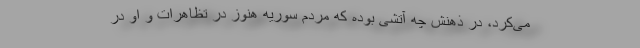
می‌کرد، در ذهنش چه آتشی بوده که مردم سوریه هنوز در تظاهرات و او در